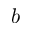
b